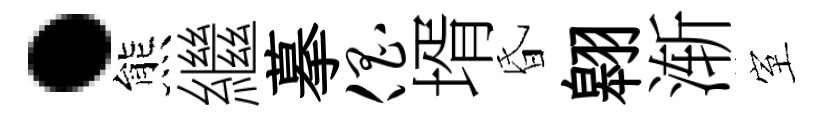
·熊繼摹倡壻昏翱渐室